Annual report on the working of the lock hospitals in the Central Provinces
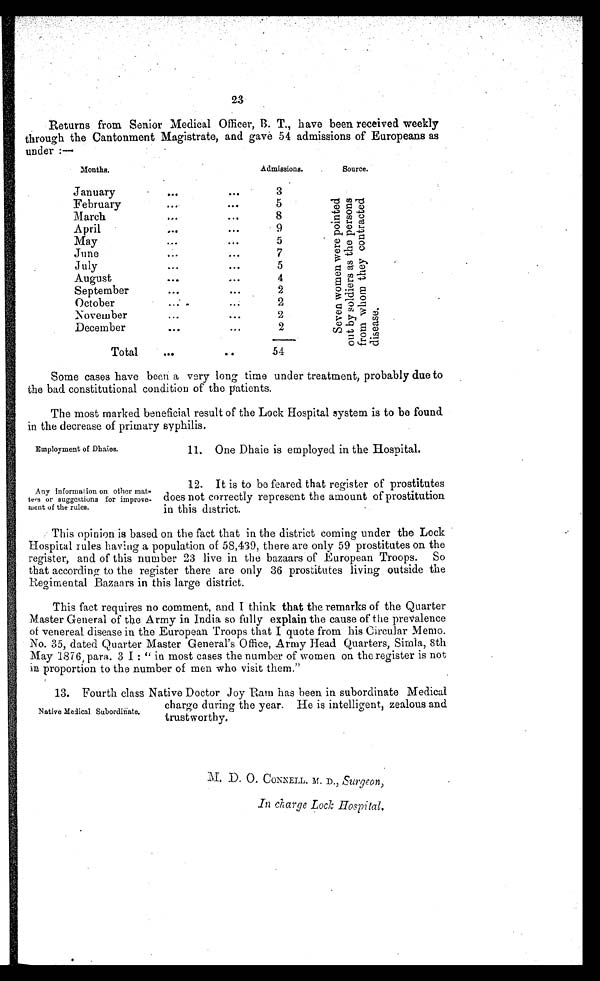
23
Returns from Senior Medical Officer, B. T., have been received weekly
through the Cantonment Magistrate, and gave 54 admissions of Europeans as
under :—
Months.
Admissions.
Source.
January
. . .
. . .
..
.
S e v e n w o m e n w e r e p o i n t e d
o u t b y s o l d i o r s a s t h e p e r s o n sf
r o m w h o m t h e y c o n t r a c t e dd
i s e a s e .
February
. . .
004
5
March
...
...
8
April
...
. . .
9
May
. . .
. . .
5
June
. . .
. . .
7
July
. . .
. . .
5
August
...
. . .
4
September
...
...
2
October
. . .
. . .
2
November
. . .
. . .
2
December
...
...
2
Total
. . .
. . .
54
Some cases have been a very long time under treatment, probably due to
the bad constitutional condition of the patients.
The most marked beneficial result of the Lock Hospital system is to be found
in the decrease of primary syphilis.
Employment of Dhaies.
11. One Dhaie is employed in the Hospital.
Any information on other mat-
ters or suggestions for improve-
ment of the rules.
12. It is to be feared that register of prostitutes
does not correctly represent the amount of prostitution
in this district.
This opinion is based on the fact that in the district coming under the Lock
Hospital rules having a population of 58,439, there are only 59 prostitutes on the
register, and of this number 23 live in the bazaars of European Troops. So
that according to the register there are only 36 prostitutes living outside the
Regimental Bazaars in this large district.
This fact requires no comment, and I think that the remarks of the Quarter
Master General of the Army in India so fully explain the cause of the prevalence
of venereal disease in the European Troops that I quote from his Circular Memo.
No. 35, dated Quarter Master General's Office, Army Head Quarters, Simla, 8th
May 1876, para. 3 I : " in most cases the number of women on the register is not
in proportion to the number of men who visit them."
Native Medical Subordinate.
13. Fourth class Native Doctor Joy Ram has been in subordinate Medical
charge during the year. He is intelligent, zealous and
trustworthy.
M. D. O. CONNELL. M. D.,
S u r g e o n ,
In charge Lock Hospital,